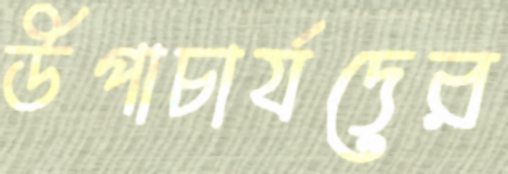
উপাচার্যদের